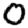
Digit: 0